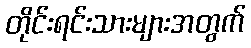
တိုင်းရင်းသားများအတွက်